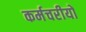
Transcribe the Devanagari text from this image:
कर्मचरीयों